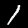
Digit: 1